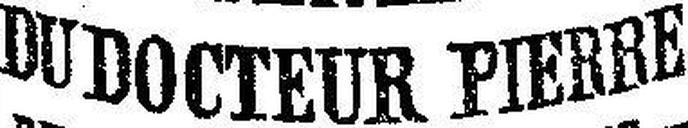
DU DOCTEUR PIERRE